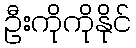
ဦးကိုကိုနိုင်